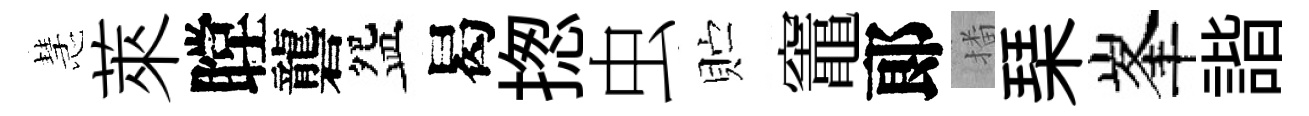
慧萊瞠礱盌曷揔虫贮竈郞播琹峯諧